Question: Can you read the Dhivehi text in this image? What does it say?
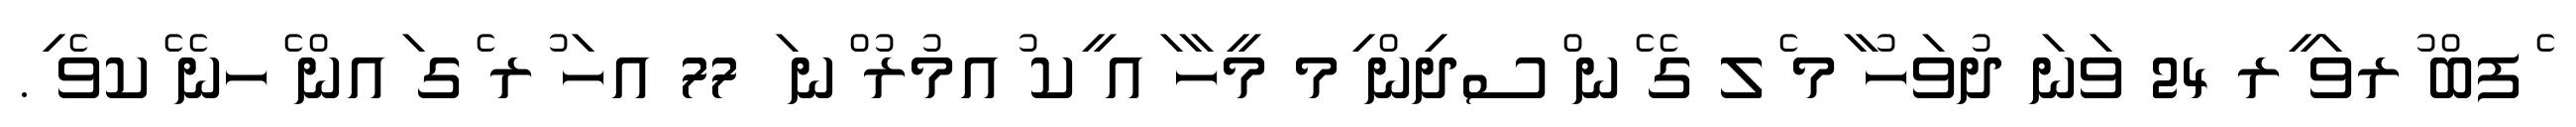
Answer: ެފބް ުރވަ ީރ 24 ވަނަ ދުވަހު ާމ ެލ ގެ ެނ ްސދިން ިމ މީހާ ައ ީކ ުއމުރު ްނ ަ 77 އހަ ުރ ެގ ައން ެހނެ ެކވެ ި.